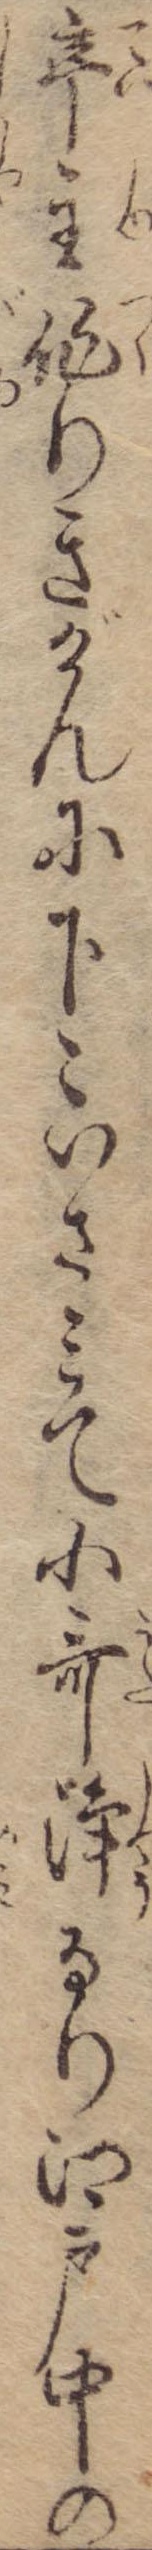
亭主作りきげんに下々いさみて小歌浄るり江戸中の